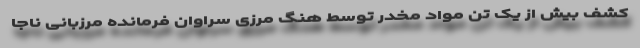
کشف بیش از یک تن مواد مخدر توسط هنگ مرزی سراوان فرمانده مرزبانی ناجا